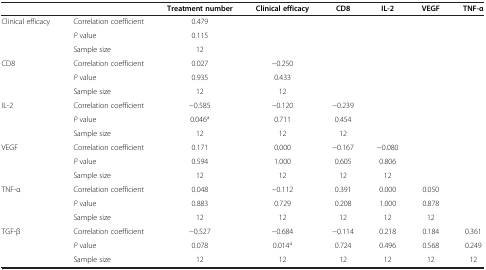
|  |  | Treatment number | Clinical efficacy | CD8 | IL-2 | VEGF | TNF-α |
 | --- | --- | --- | --- | --- | --- | --- | --- |
 | Clinical efficacy | Correlation coefficient | 0.479 |  |  |  |  |  |
 |  | P value | 0.115 |  |  |  |  |  |
 |  | Sample size | 12 |  |  |  |  |  |
 | CD8 | Correlation coefficient | 0.027 | −0.250 |  |  |  |  |
 |  | P value | 0.935 | 0.433 |  |  |  |  |
 |  | Sample size | 12 | 12 |  |  |  |  |
 | IL-2 | Correlation coefficient | −0.585 | −0.120 | −0.239 |  |  |  |
 |  | P value | 0.046a | 0.711 | 0.454 |  |  |  |
 |  | Sample size | 12 | 12 | 12 |  |  |  |
 | VEGF | Correlation coefficient | 0.171 | 0.000 | −0.167 | −0.080 |  |  |
 |  | P value | 0.594 | 1.000 | 0.605 | 0.806 |  |  |
 |  | Sample size | 12 | 12 | 12 | 12 |  |  |
 | TNF-α | Correlation coefficient | 0.048 | −0.112 | 0.391 | 0.000 | 0.050 |  |
 |  | P value | 0.883 | 0.729 | 0.208 | 1.000 | 0.878 |  |
 |  | Sample size | 12 | 12 | 12 | 12 | 12 |  |
 | TGF-β | Correlation coefficient | −0.527 | −0.684 | −0.114 | 0.218 | 0.184 | 0.361 |
 |  | P value | 0.078 | 0.014a | 0.724 | 0.496 | 0.568 | 0.249 |
 |  | Sample size | 12 | 12 | 12 | 12 | 12 | 12 |